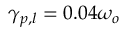
\gamma _ { p , l } = 0 . 0 4 \omega _ { o }